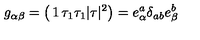
g _ { \alpha \beta } = \left( \begin{matrix} { 1 } & { \tau _ { 1 } } \\ { \tau _ { 1 } } & { \vert \tau \vert ^ { 2 } } \\ \end{matrix} \right) = e _ { \alpha } ^ { a } \delta _ { a b } e _ { \beta } ^ { b }